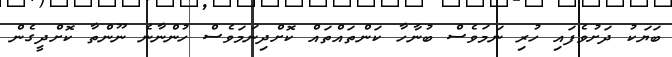
ބަޔަކު ދަށުވެފައި ހުރި ނަމަވެސް ބުނާހާ ކަންތައްތައް ކޮށްދިނަމަވެސް ހުންނާނެ ނޫންތާ ކޮށްދީގެން